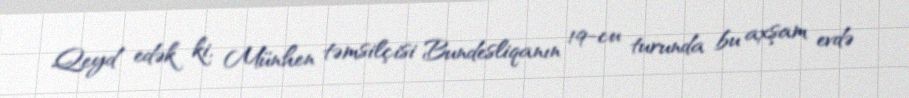
Qeyd edək ki, Münhen təmsilçisi Bundesliqanın 19-cu turunda bu axşam evdə